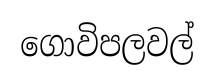
ගොවිපලවල්